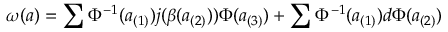
\omega ( a ) = \sum \Phi ^ { - 1 } ( a _ { ( 1 ) } ) j ( \beta ( a _ { ( 2 ) } ) ) \Phi ( a _ { ( 3 ) } ) + \sum \Phi ^ { - 1 } ( a _ { ( 1 ) } ) d \Phi ( a _ { ( 2 ) } )